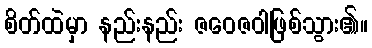
စိတ်ထဲမှာ နည်းနည်း ဇဝေဇဝါဖြစ်သွား၏။